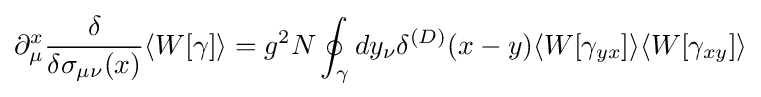
\partial _{\mu }^{x}{\frac {\delta }{\delta \sigma _{\mu \nu }(x)}}\langle W[\gamma ]\rangle =g^{2}N\oint _{\gamma }dy_{\nu }\delta ^{(D)}(x-y)\langle W[\gamma _{yx}]\rangle \langle W[\gamma _{xy}]\rangle